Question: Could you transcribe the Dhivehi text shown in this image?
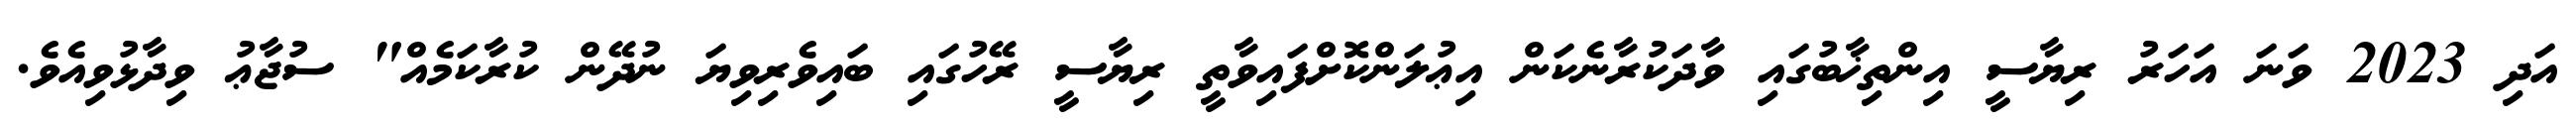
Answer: އަދި 2023 ވަނަ އަހަރު ރިޔާސީ އިންތިޚާބުގައި ވާދަކުރާނެކަން އިޢުލަންކޮށްފައިވާތީ ރިޔާސީ ރޭހުގައި ބައިވެރިވިޔަ ނުދޭން ކުރާކަމެއް" ސުޖާޢު ވިދާޅުވިއެވެ.